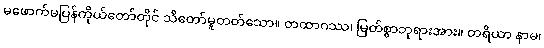
မဖောက်မပြန်ကိုယ်တော်တိုင် သိတော်မူတတ်သော။ တထာဂဿ၊ မြတ်စွာဘုရားအား။ တရိယာ နာမ၊